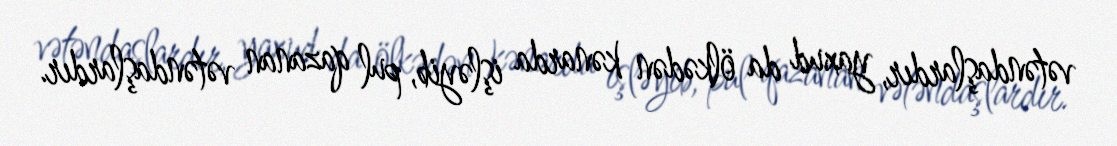
vətəndaşlardır, yaxud da ölkədən kənarda işləyib, pul qazanan vətəndaşlardır.